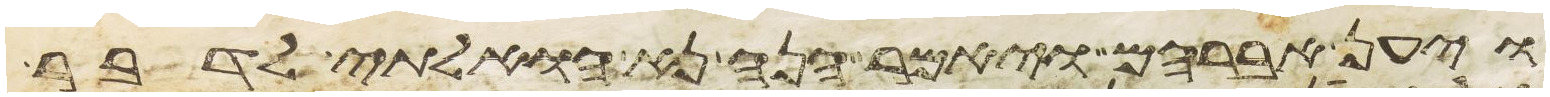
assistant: ויען אברהם ויאמר הנה נא הואלתי לדבר